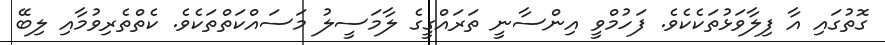
ގޮތުގައި އާ ފިލާވަޅުތަކެކެވެ. ފަހުމްވީ އިންސާނީ ތަރައްގީގެ ލާމަސީލު މަސައްކަތްތަކެވެ. ކެތްތެރިވުމާއި ލިބޭ